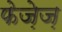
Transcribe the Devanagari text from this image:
फेज़ेज़